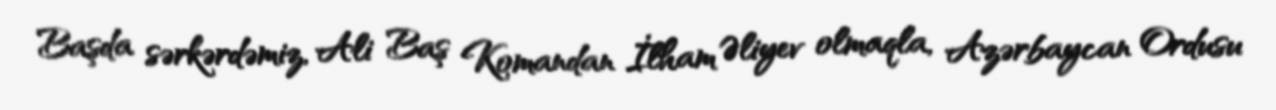
Başda sərkərdəmiz, Ali Baş Komandan İlham Əliyev olmaqla, Azərbaycan Ordusu